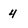
Character: 4